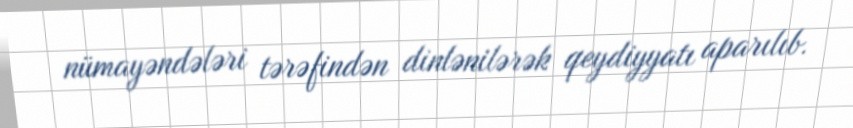
nümayəndələri tərəfindən dinlənilərək qeydiyyatı aparılıb.